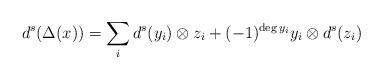
LaTeX: \begin{align*}d^s(\Delta(x))=\sum_id^s(y_i)\otimes z_i+(-1)^{\deg y_i}y_i\otimes d^s(z_i)\end{align*}